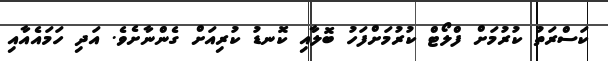
ކަސްރަތު ކުރުމަށް ފްލޯޓް ކުރުމަށްފަހު ބޮލާއި ކޮނޑު ކުރިއަށް ގެންނާށެވެ. އަދި ހަމައެއާއި